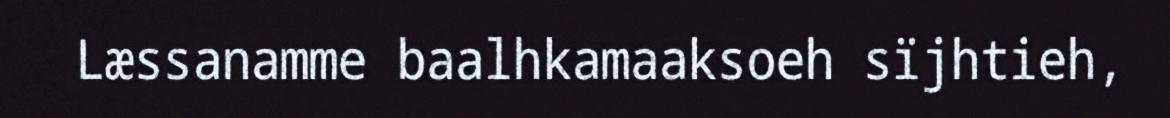
Læssanamme baalhkamaaksoeh sïjhtieh,